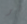
لو